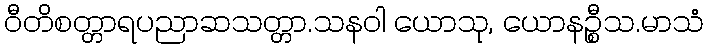
ဝီတိစတ္တာရပညာဆသတ္တာ.သနဝါ ယောသု, ယောနဉ္စီသ.မာသံ